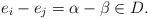
\begin{align*}e_i-e_j=\alpha-\beta\in D.\end{align*}